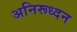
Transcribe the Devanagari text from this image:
अनिरूध्दन